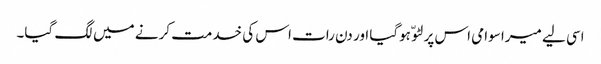
اسی لیے میرا سوامی اس پر لٹو ّ ہوگیا اور دن رات اس کی خدمت کرنے میں لگ گیا۔